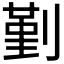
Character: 𠞱